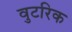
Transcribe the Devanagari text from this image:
वुटरिक